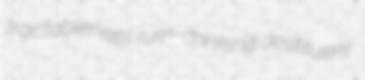
tractableness rum-drinking destituent